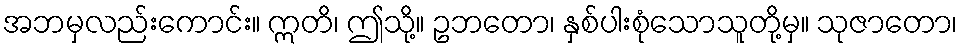
အဘမှလည်းကောင်း။ ဣတိ၊ ဤသို့။ ဥဘတော၊ နှစ်ပါးစုံသောသူတို့မှ။ သုဇာတော၊